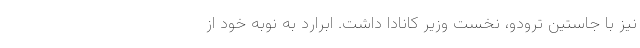
نیز با جاستین ترودو، نخست وزیر کانادا داشت. ابرارد به نوبه خود از